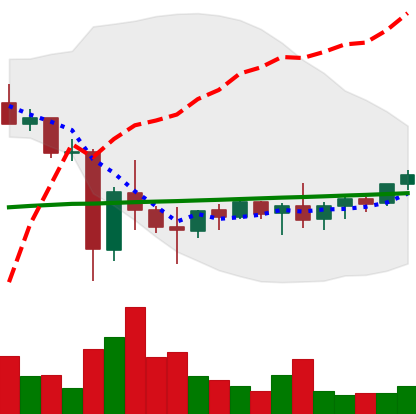
Ticker: XMR-USD
Chart end date: 2021-06-03
Forward return: -17.299%
Label: down_7plus